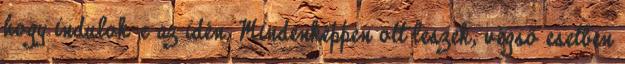
hogy indulok-e az idén. Mindenképpen ott leszek, végső esetben